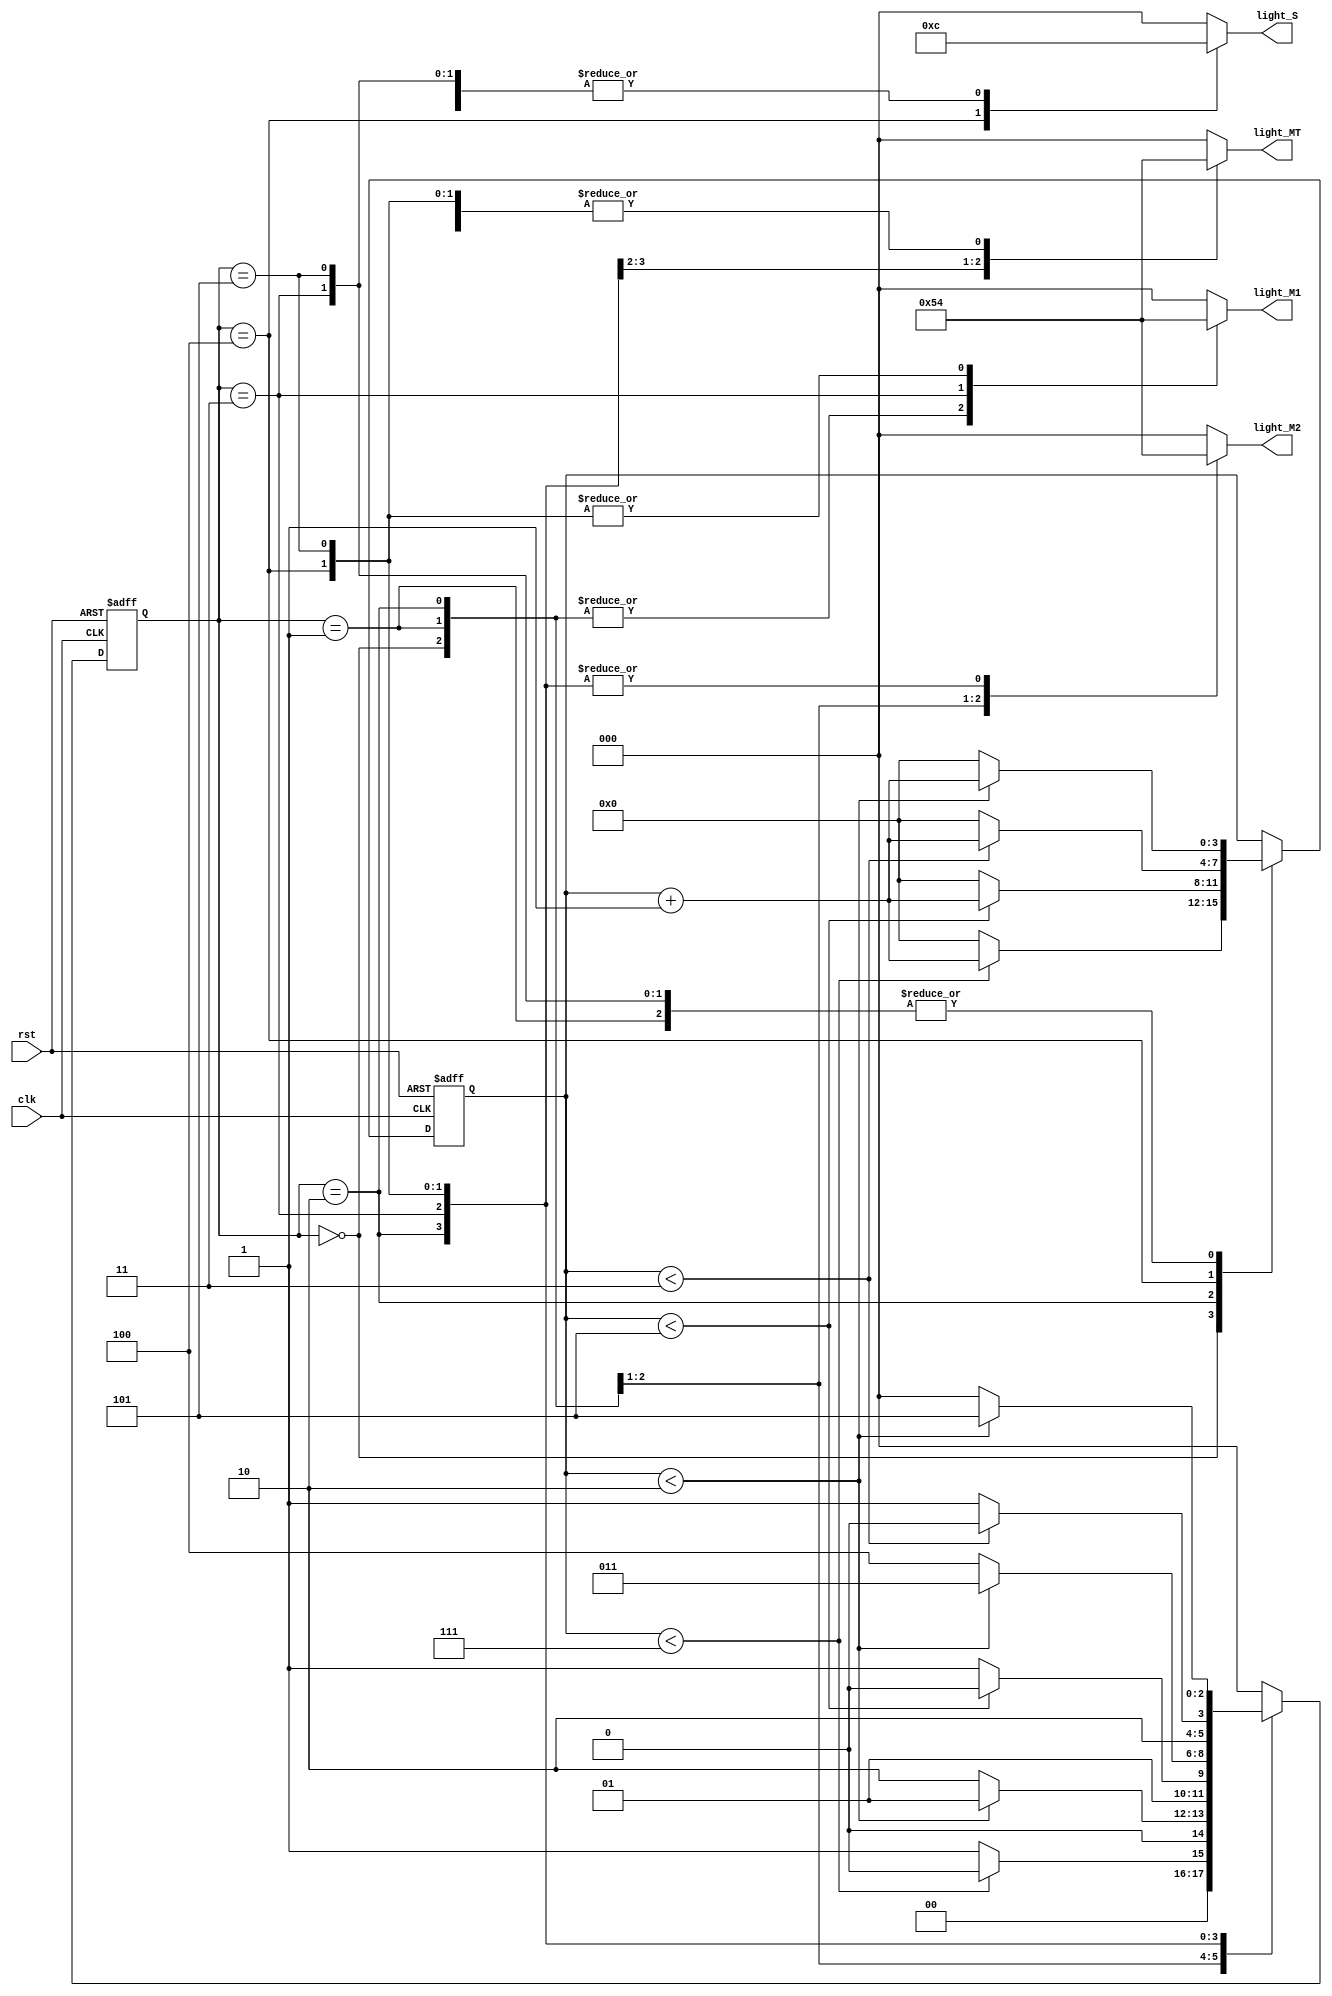
`timescale 1ns / 1ps
//////////////////////////////////////////////////////////////////////////////////
// Company: 
// Engineer: 
// 
// Design Name: 
// Module Name: Traffic_Light_Controller
// Project Name: 
// Target Devices: 
// Tool Versions: 
// Description: 
// 
// Dependencies: 
// 
// Revision:
// Revision 0.01 - File Created
// Additional Comments:
// 
//////////////////////////////////////////////////////////////////////////////////





module Traffic_Light_Controller(


    input clk,rst,
    output reg [2:0]light_M1,
    output reg [2:0]light_S,
    output reg [2:0]light_MT,
    output reg [2:0]light_M2
    );
    
    parameter  S1=0, S2=1, S3 =2, S4=3, S5=4,S6=5;
    reg [3:0]count;
    reg[2:0] ps;
    parameter  sec7=7,sec5=5,sec2=2,sec3=3;

   
    
    always@(posedge clk or posedge rst)
        begin
        if(rst==1)
        begin
        ps<=S1;
        count<=0;
        end
        else
        
      
       
            
            case(ps)
                S1: if(count<sec7)
                        begin
                        ps<=S1;
                        count<=count+1;
                        end
                    else
                        begin
                        ps<=S2;
                        count<=0;
                        end
                S2: if(count<sec2)
                        begin
                        ps<=S2;
                        count<=count+1;
                        end

                    else
                        begin
                        ps<=S3;
                        count<=0;
                        end
                S3: if(count<sec5)
                        begin
                        ps<=S3;
                        count<=count+1;
                        end

                    else
                        begin
                        ps<=S4;
                        count<=0;
                        end
                S4:if(count<sec2)
                        begin
                        ps<=S4;
                        count<=count+1;
                        end

                    else
                        begin
                        ps<=S5;
                        count<=0;
                        end
                S5:if(count<sec3)
                        begin
                        ps<=S5;
                        count<=count+1;
                        end

                    else
                        begin
                        ps<=S6;
                        count<=0;
                        end

                S6:if(count<sec2)
                        begin
                        ps<=S6;
                        count<=count+1;
                        end

                    else
                        begin
                        ps<=S1;
                        count<=0;
                        end
                default: ps<=S1;
                endcase
            end   

            always@(ps)    
            begin
                
                case(ps)
                     
                    S1:
                    begin
                       light_M1<=3'b001;
                       light_M2<=3'b001;
                       light_MT<=3'b100;
                       light_S<=3'b100;
                    end
                    S2:
                    begin 
                       light_M1<=3'b001;
                       light_M2<=3'b010;
                       light_MT<=3'b100;
                       light_S<=3'b100;
                    end
                    S3:
                    begin
                       light_M1<=3'b001;
                       light_M2<=3'b100;
                       light_MT<=3'b001;
                       light_S<=3'b100;
                    end
                    S4:
                    begin
                       light_M1<=3'b010;
                       light_M2<=3'b100;
                       light_MT<=3'b010;
                       light_S<=3'b100;
                    end
                    S5:
                    begin
                       light_M1<=3'b100;
                       light_M2<=3'b100;
                       light_MT<=3'b100;
                       light_S<=3'b001;
                    end
                    S6:
                    begin 
                       light_M1<=3'b100;
                       light_M2<=3'b100;
                       light_MT<=3'b100;
                       light_S<=3'b100;
                    end
                    default:
                    begin 
                       light_M1<=3'b000;
                       light_M2<=3'b000;
                       light_MT<=3'b000;
                       light_S<=3'b000;
                    end
                    endcase
            end                
              

endmodule